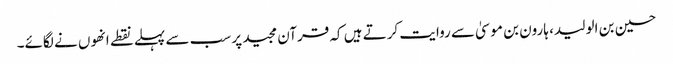
حسین بن الولید، ہارون بن موسیٰ سے روایت کرتے ہیں کہ قرآن مجید پر سب سے پہلے نقطے انھوں نے لگائے۔